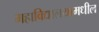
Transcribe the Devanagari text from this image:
महाविद्यालयामधील